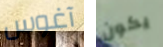
آغوس يكون